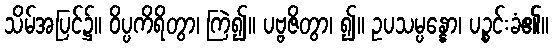
သိမ်အပြင်၌။ ဝိပ္ပကိရိတွာ၊ ကြဲ၍။ ပဗ္ဗဇိတွာ၊ ၍။ ဥပသမ္ပန္နော၊ ပဉ္စင်းခံ၏။